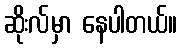
ဆိုးလ်မှာ နေပါတယ်။